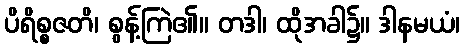
ပိရိစ္စဇတိ၊ စွန့်ကြဲ၏။ တဒါ၊ ထိုအခါ၌။ ဒါနမယံ၊